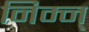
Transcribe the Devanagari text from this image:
निम्न्